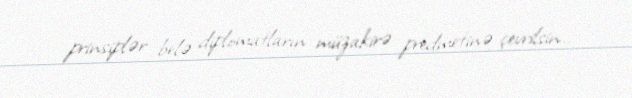
prinsiplər belə diplomatların müzakirə predmetinə çevrilsin..